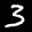
Label: 3